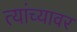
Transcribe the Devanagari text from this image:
त्यांच्यावर